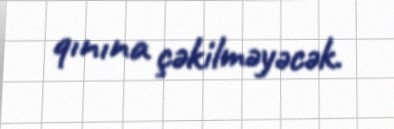
qınına çəkilməyəcək.